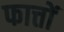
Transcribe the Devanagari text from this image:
फात्तों